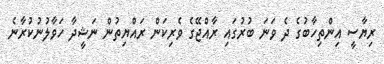
ރިޔާސީ އިންތިހާބުގެ ދެ ވަނަ ބުރުގައި ރާއްޖޭގެ ވެރިކަން ރައްޔިތުން ނަޝީދާ ހަވާލުނުކުރާނެ